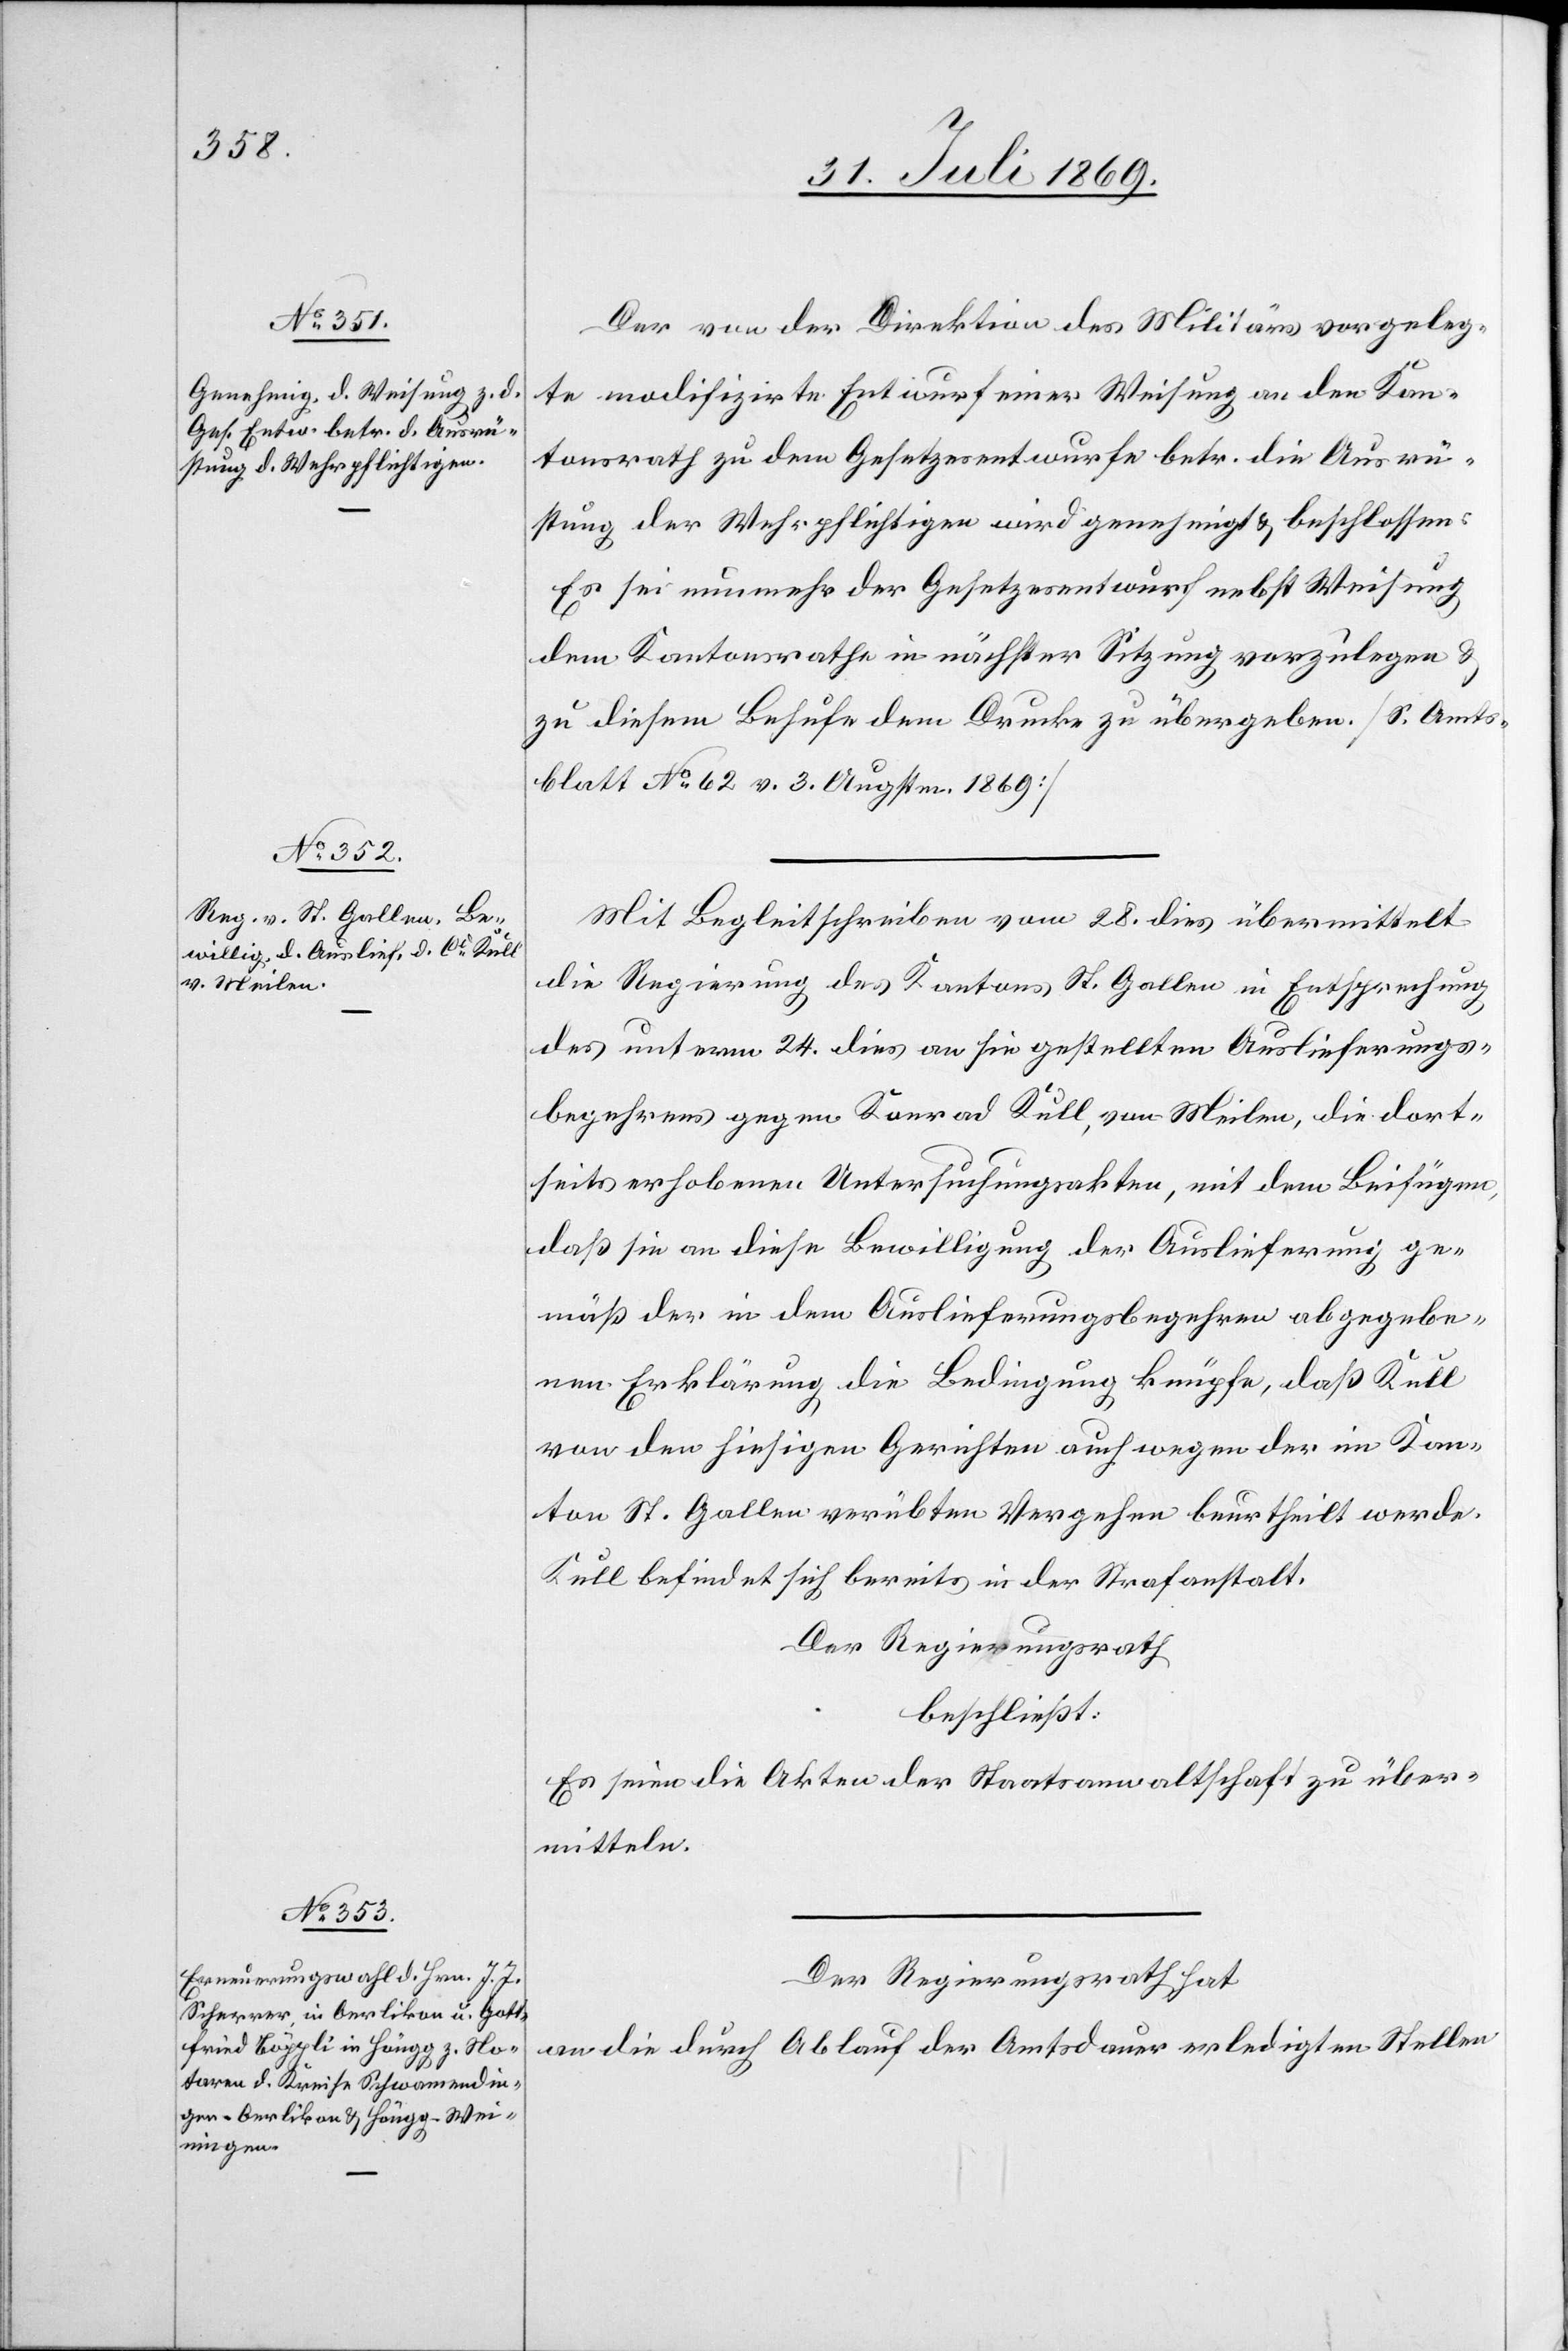
Der von der Direktion des Militärs vorgeleg¬
te modifizirte Entwurf seiner Weisung an den Kan¬
tonsrath zu dem Gesetzesentwurfe betr. die Ausrü¬
stung der Wehrpflichtigen wird genehmigt u. beschlossen.
Es sei nunmehr der Gesetzesentwurf nebst Weisung
dem Kantonsrathe in nächster Sitzung vorzulegen u.
zu diesem Behufe dem Drucke zu übergeben. [S. Amts¬
blatt No 62 v. 3. Augsten 1869]
Mit Begleitschreiben vom 28 dies übermittelt
die Regierung des Kantons St. Gallen in Entsprechung
des unterm 24 dies an sie gestellten Auslieferungs¬
begehrens gegen Konrad Kull, von Meilen, die dort¬
seits erhobenen Untersuchungsakten, mit dem Beifügen,
daß sie an diese Bewilligung der Auslieferung ge¬
mäß der in dem Auslieferungsbegehren abgegebe¬
nen Erklärung die Bedingung knüpfe, daß Kull
von den hiesigen Gerichten auch wegen der im Kan¬
ton St. Gallen verübten Vergehen beurtheilt werde.
Kull befindet sich bereits in der Strafanstalt.
Der Regierungsrath
beschließt:
Es seien die Akten der Staatsanwaltschaft zu über¬
mitteln.
Der Regierungsrath hat
an die durch Ablauf der Amtsdauer erledigten Stellen